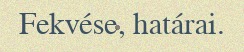
Fekvése, határai.